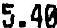
5.40